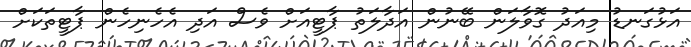
އަޅުގަނޑު މިއަދު ގޮވާލަން ބޭނުން އަދާލަތު ޕާޓީއަށް ވެސް އަދި އެހެނިހެން ޕާޓީތަކަށް